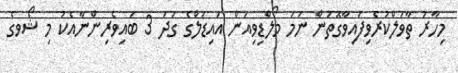
މިހާރު ތާވަލްކުރެވިފައިވާގޮތުން ނަމަ މޯލްޑިވިއަން އައިޑަލްގެ ގަދަ 3 ބައިވެރިންނާއެކު މި ޝޯވގެ